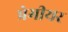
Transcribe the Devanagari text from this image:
प्रेमीयर